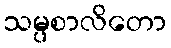
သမ္ပစာလိတော